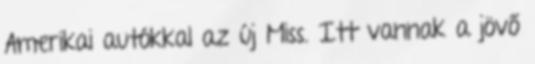
Amerikai autókkal az új Miss. Itt vannak a jövő